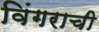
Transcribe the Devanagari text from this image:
विंगराची